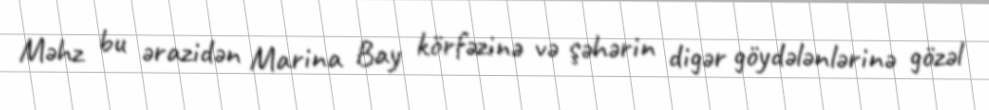
Məhz bu ərazidən Marina Bay körfəzinə və şəhərin digər göydələnlərinə gözəl